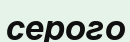
серого